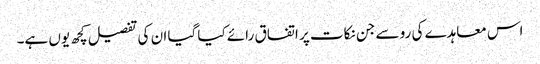
اس معاہدے کی رو سے جن نکات پر اتفاق رائے کیا گیا ان کی تفصیل کچھ یوں ہے۔